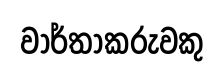
වාර්තාකරුවකු